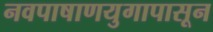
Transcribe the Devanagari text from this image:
नवपाषाणयुगापासून